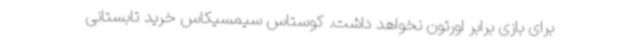
برای بازی برابر اورتون نخواهد داشت. کوستاس سیمسیکاس خرید تابستانی